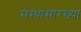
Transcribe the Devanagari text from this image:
संस्थांसारख्या